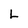
Character: L